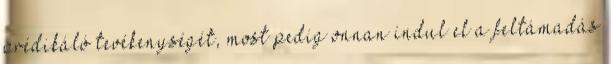
prédikáló tevékenységét, most pedig onnan indul el a feltámadás